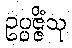
ဥပ္ပဇ္ဇိံသု